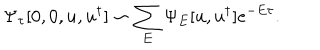
LaTeX: \Psi _ { \tau } [ 0 , 0 , u , u ^ { \dagger } ] \sim \sum _ { E } \Psi _ { E } [ u , u ^ { \dagger } ] e ^ { - E \tau } .